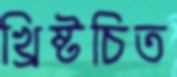
খ্রিষ্টচিত